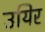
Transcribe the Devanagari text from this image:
उयिर